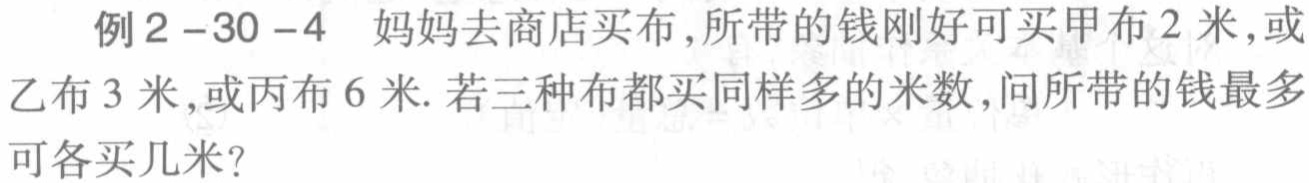
例2-30-4 妈妈去商店买布，所带的钱刚好可买甲布2米，或乙布3米，或丙布6米. 若三种布都买同样多的米数，问所带的钱最多可各买几米？